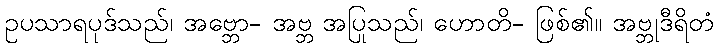
ဥပသာရပုဒ်သည်၊ အဗ္ဘော- အဗ္ဘ အပြုသည်၊ ဟောတိ- ဖြစ်၏။ အဗ္ဘုဒီရိတံ